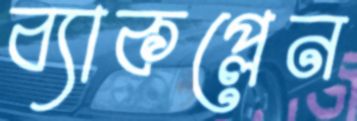
ব্যাকপ্লেন